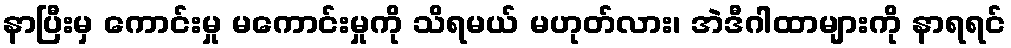
နာပြီးမှ ကောင်းမှု မကောင်းမှုကို သိရမယ် မဟုတ်လား၊ အဲဒီဂါထာများကို နာရရင်